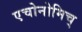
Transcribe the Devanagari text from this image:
एचोनोमिच्